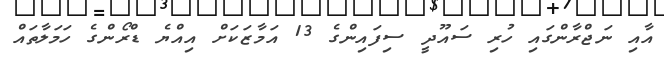
އާއި ނަޖްރާންގައި ހުރި ސައޫދީ ސިފައިންގެ 13 އަމާޒަކަށް އިއްޔެ ޑްރޯންގެ ހަމަލާތައް